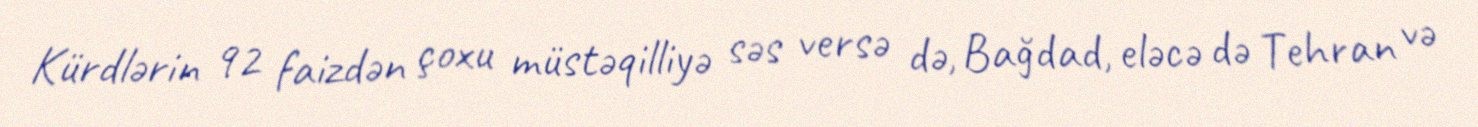
Kürdlərin 92 faizdən çoxu müstəqilliyə səs versə də, Bağdad, eləcə də Tehran və